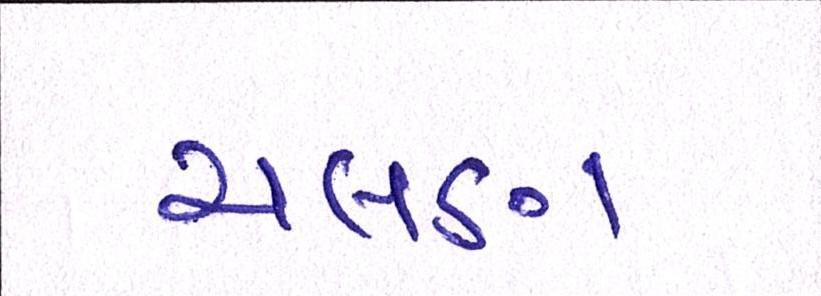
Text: ચલણ